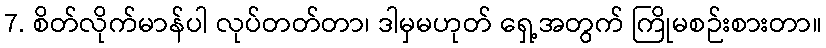
7. စိတ်လိုက်မာန်ပါ လုပ်တတ်တာ၊ ဒါမှမဟုတ် ရှေ့အတွက် ကြိုမစဉ်းစားတာ။